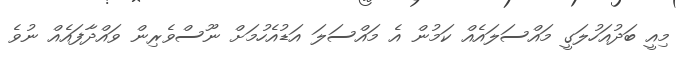
މިއީ ބަދުއަހުލަގީ މައްސަލައެއް ކަމުން އެ މައްސަލަ އަޑުއެހުމަށް ނޫސްވެރިން ވައްދާފައެއް ނުވެ